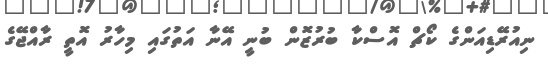
ނިއުރޭޑިއަންގެ ކޯޗް އޮސްކާ ބުރުޒޮން ބުނީ އޭނާ އަތުގައި މިހާރު އޮތީ ރާއްޖޭގެ